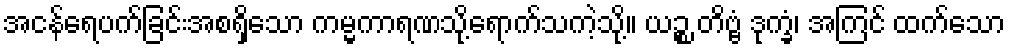
အငန်ရေပက်ခြင်းအစရှိသော ကမ္မကာရဏသို့ရောက်သကဲ့သို့။ ယဉ္စ တိဗ္ဗံ ဒုက္ခံ၊ အကြင် ထက်သော